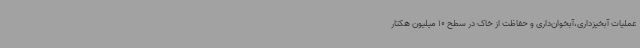
عملیات آبخیزداری،آبخوان‌داری و حفاظت از خاک در سطح 10 میلیون هکتار